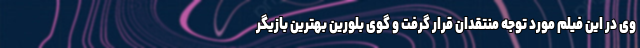
وی در این فیلم مورد توجه منتقدان قرار گرفت و گوی بلورین بهترین بازیگر